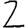
Digit: 2